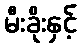
မီးခိုးနှင့်